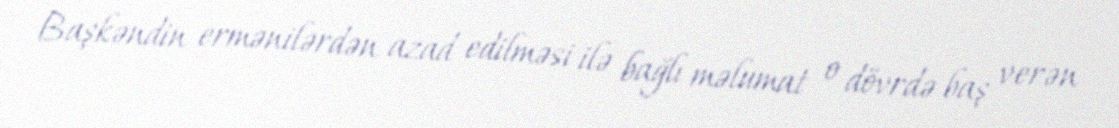
Başkəndin ermənilərdən azad edilməsi ilə bağlı məlumat o dövrdə baş verən